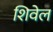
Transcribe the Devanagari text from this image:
शिवेल